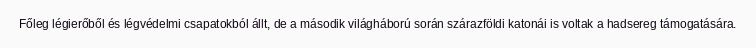
Főleg légierőből és légvédelmi csapatokból állt, de a második világháború során szárazföldi katonái is voltak a hadsereg támogatására.